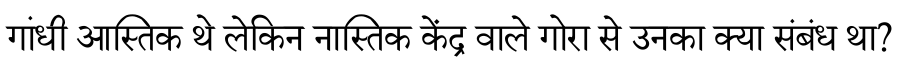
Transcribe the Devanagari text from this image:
गांधी आस्तिक थे लेकिन नास्तिक केंद्र वाले गोरा से उनका क्या संबंध था?